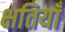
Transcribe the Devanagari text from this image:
क्षतियाँ